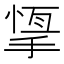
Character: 𢰨